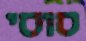
סוסי